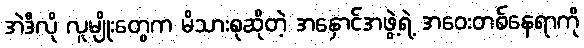
အဲဒီလို လူမျိုးတွေက မိသားစုဆိုတဲ့ အနှောင်အဖွဲ့ရဲ့ အဝေးတစ်နေရာကို